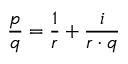
{ \frac { p } { q } } = { \frac { 1 } { r } } + { \frac { i } { r \cdot q } }